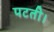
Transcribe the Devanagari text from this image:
पटती।